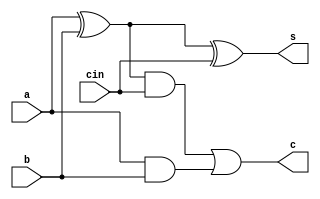
module full_adder(input a,b,cin,output s,c);
wire w1,w2,w3;
xor x1(w1,a,b);
xor x2(s,w1,cin);
and a1(w2,w1,cin);
and a2(w3,a,b);
or o1(c,w2,w3);

endmodule